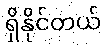
ရှိနိုင်တယ်